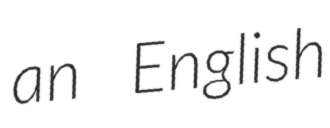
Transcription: an English